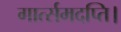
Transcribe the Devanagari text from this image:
गार्त्समदप्ति।